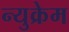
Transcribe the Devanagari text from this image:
न्युक्रेम